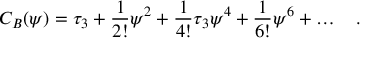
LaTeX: C _ { B } ( \psi ) = \tau _ { 3 } + { \frac { 1 } { 2 ! } } \psi ^ { 2 } + { \frac { 1 } { 4 ! } } \tau _ { 3 } \psi ^ { 4 } + { \frac { 1 } { 6 ! } } \psi ^ { 6 } + \ldots \quad .